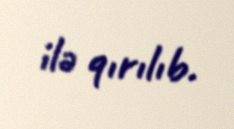
ilə qırılıb.